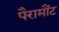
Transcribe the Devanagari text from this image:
पैरामौंट